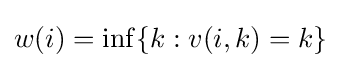
w(i)=\inf\{k:v(i,k)=k\}